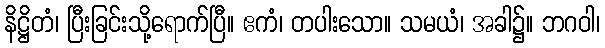
နိဋ္ဌိတံ၊ ပြီးခြင်းသို့ရောက်ပြီ။ ဧကံ၊ တပါးသော။ သမယံ၊ အခါ၌။ ဘဂဝါ၊